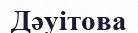
Дәуітова